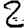
Digit: 2